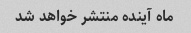
ماه آینده منتشر خواهد شد